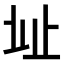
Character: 𣥠